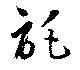
託